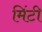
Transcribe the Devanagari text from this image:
मिंटी